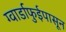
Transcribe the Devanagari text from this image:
ग्वार्डाफुईपासून